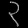
Digit: ၃